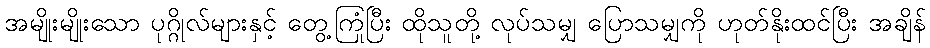
အမျိုးမျိုးသော ပုဂ္ဂိုလ်များနှင့် တွေ့ကြုံပြီး ထိုသူတို့ လုပ်သမျှ ပြောသမျှကို ဟုတ်နိုးထင်ပြီး အချိန်